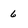
Character: 6